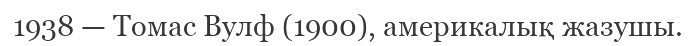
1938 — Томас Вулф (1900), америкалық жазушы.